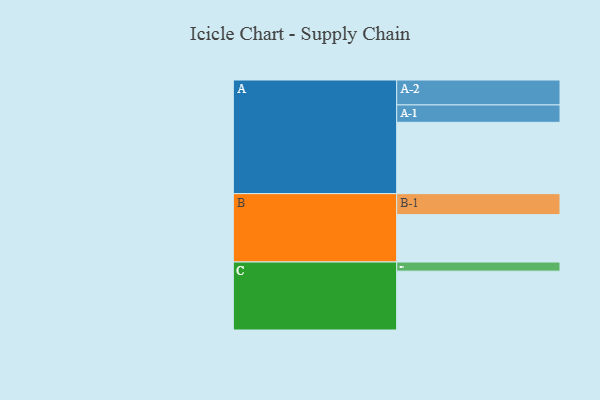
{"axis": {"x": "Segment", "y": "Value"}, "legend": ["", "A", "B", "C"], "data": [{"x": "A", "y": 578, "type": ""}, {"x": "B", "y": 384, "type": ""}, {"x": "C", "y": 477, "type": ""}, {"x": "A-1", "y": 141, "type": "A"}, {"x": "A-2", "y": 202, "type": "A"}, {"x": "B-1", "y": 170, "type": "B"}, {"x": "C-1", "y": 74, "type": "C"}]}